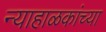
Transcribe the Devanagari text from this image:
न्याहाळकांच्या